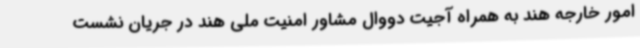
امور خارجه هند به همراه آجیت دووال مشاور امنیت ملی هند در جریان نشست